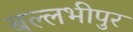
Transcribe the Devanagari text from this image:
बल्लभीपुर